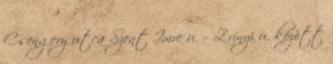
Csengery utca Szent Imre u. – Zrínyi u. között